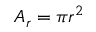
A _ { r } = \pi r ^ { 2 }